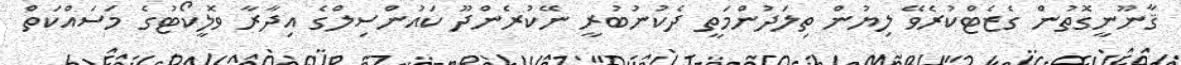
ޤާނޫނީގޮތުން ގެޒެޓްކުރެވޭ ލިޔުން ތިލަދުންމަތީ ދެކުނުބުރީ ނޭކުރެންދޫ ކައުންސިލްގެ އިދާރާ ވޮލީކޯޓުގެ މަސައްކަތް